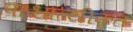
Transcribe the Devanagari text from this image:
पाश्चात्यीकृत